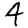
Digit: 4